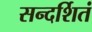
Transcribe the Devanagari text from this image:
सन्दर्शितं